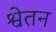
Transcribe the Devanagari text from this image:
श्वेतन